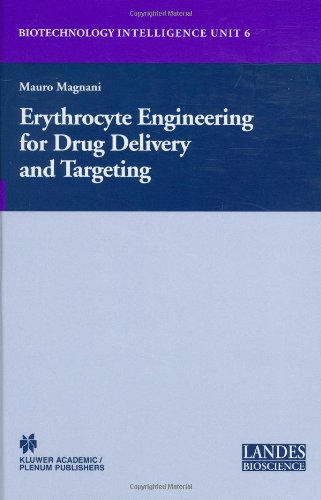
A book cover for Erythrocyte Engineering for Drug Delivery and Targeting (Biotechnology Intelligence Unit); Medical Books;